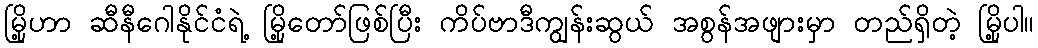
မြို့ဟာ ဆီနီဂေါနိုင်ငံရဲ့ မြို့တော်ဖြစ်ပြီး ကိပ်ဗာဒီကျွန်းဆွယ် အစွန်အဖျားမှာ တည်ရှိတဲ့ မြို့ပါ။